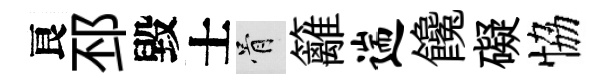
良邳毀士骨籬遄饞礙恊